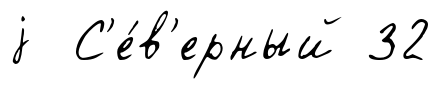
j С'е́в'ерный 32